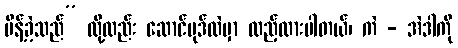
မိန့်ခဲ့သည်” လို့လည်း ဆောင်ပုဒ်ထဲမှာ ထည့်ထားပါတယ်၊ ကဲ - အဲဒါကို